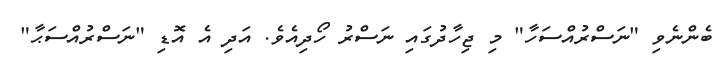
ބެންނެވި "ނަސްރުއްސަހާ" މި ޖިހާދުގައި ނަސްރު ހޯދިއެވެ. އަދި އެ އޮޑި "ނަސްރުއްސަޙާ"